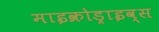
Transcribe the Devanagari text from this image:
माइक्रोड्राइव्स